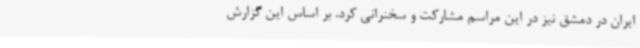
ایران در دمشق نیز در این مراسم مشارکت و سخنرانی کرد. بر اساس این گزارش